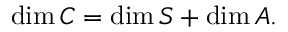
\mathrm { d i m } \, { \cal C } = \mathrm { d i m } \, { \cal S } + \mathrm { d i m } \, { \cal A } .